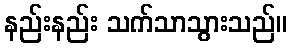
နည်းနည်း သက်သာသွားသည်။